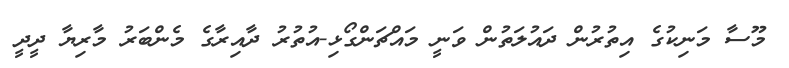
މޫސާ މަނިކުގެ އިތުރުން ދައުލަތުން ވަނީ މައްޗަންގޯޅި-އުތުރު ދާއިރާގެ މެންބަރު މާރިޔާ ދީދީ